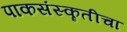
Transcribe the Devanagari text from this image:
पाकसंस्कॄतीचा